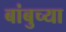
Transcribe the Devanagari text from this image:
बांबुच्या